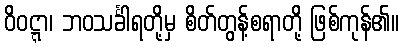
ဝိဝဋ္ဋာ၊ ဘဝသင်္ခါရတို့မှ စိတ်တွန့်စရာတို့ ဖြစ်ကုန်၏။